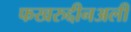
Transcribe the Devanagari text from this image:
फखरुद्दीनअली